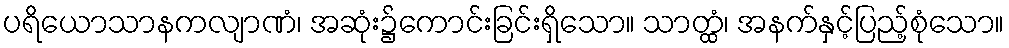
ပရိယောသာနကလျာဏံ၊ အဆုံး၌ကောင်းခြင်းရှိသော။ သာတ္ထံ၊ အနက်နှင့်ပြည့်စုံသော။